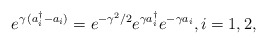
\begin{align*}e^{\gamma\,(a_i^{\dagger}-a_i)}=e^{-\gamma^2/2}e^{\gamma a_i^{\dagger}}e^{-\gamma a_i},i=1,2,\end{align*}